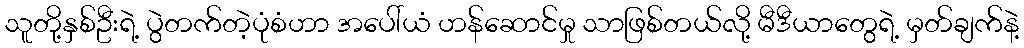
သူတို့နှစ်ဦးရဲ့ ပွဲတက်တဲ့ပုံစံဟာ အပေါ်ယံ ဟန်ဆောင်မှု သာဖြစ်တယ်လို့ မီဒီယာတွေရဲ့ မှတ်ချက်နဲ့